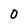
Character: 0